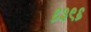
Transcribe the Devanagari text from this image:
६३९६